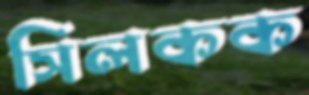
সিলকক